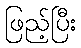
ဖြည့်ပြီး